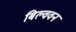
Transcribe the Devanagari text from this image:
बिल्ववन